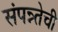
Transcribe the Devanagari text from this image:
संपन्न्तेची